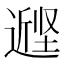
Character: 𰊭